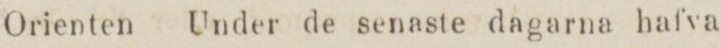
Orienten Under de senaste dagarna hafva